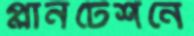
প্লানটেশনে